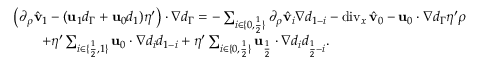
\begin{array} { r l } & { \big ( \partial _ { \rho } \hat { \mathbf { v } } _ { 1 } - ( \mathbf { u } _ { 1 } d _ { \Gamma } + \mathbf { u } _ { 0 } d _ { 1 } ) \eta ^ { \prime } \big ) \cdot \nabla d _ { \Gamma } = - \sum _ { i \in \{ 0 , \frac { 1 } { 2 } \} } \partial _ { \rho } \hat { \mathbf { v } } _ { i } \nabla d _ { 1 - i } - \operatorname { d i v } _ { x } \hat { \mathbf { v } } _ { 0 } - \mathbf { u } _ { 0 } \cdot \nabla d _ { \Gamma } \eta ^ { \prime } \rho } \\ & { \qquad + \eta ^ { \prime } \sum _ { i \in \{ \frac { 1 } { 2 } , 1 \} } \mathbf { u } _ { 0 } \cdot \nabla d _ { i } d _ { 1 - i } + \eta ^ { \prime } \sum _ { i \in \{ 0 , \frac { 1 } { 2 } \} } \mathbf { u } _ { \frac { 1 } { 2 } } \cdot \nabla d _ { i } d _ { \frac { 1 } { 2 } - i } . } \end{array}